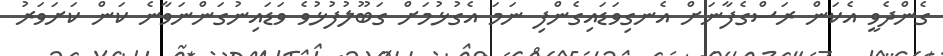
ގެންދެވީ އެކަން ރަސްގެފާނަށް އެނގިވަޑައިގެންފި ނަމަ އެގުޅުމަށް ގަބޫލުފުޅުވެ ވަޑައިނުގަންނަވާނެ ކަން ކަށަވަރު